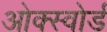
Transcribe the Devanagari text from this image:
ओक्स्वोर्ड